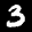
Label: 3